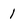
Character: 1